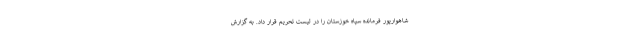
شاهوارپور فرمانده سپاه خوزستان را در لیست تحریم قرار داد. به گزارش